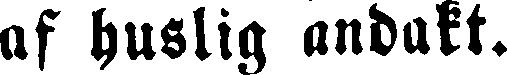
af huslig andukt.